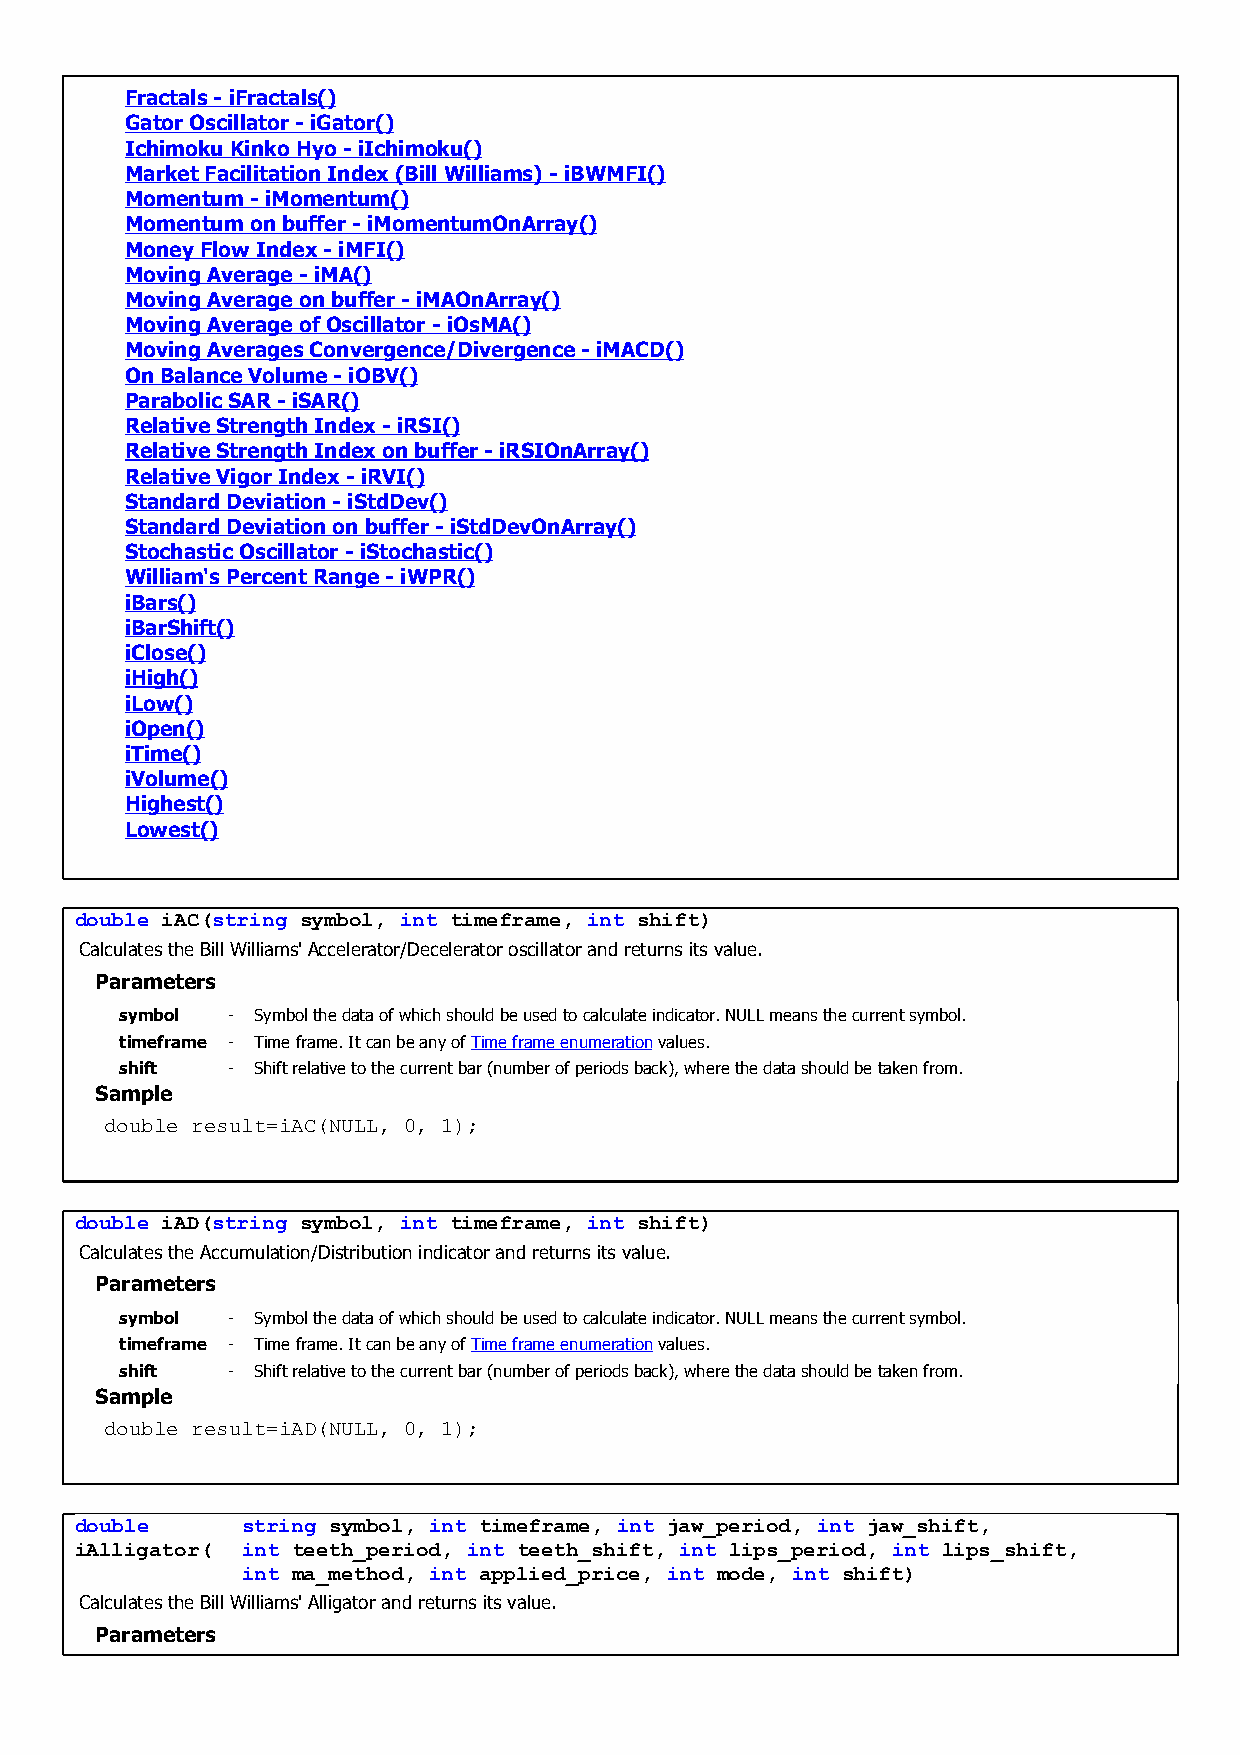
Fractals - iFractals()
 Gator Oscillator - iGator()
 Ichimoku Kinko Hyo - iIchimoku()
 Market Facilitation Index (Bill Williams) - iBWMFI()
 Momentum - iMomentum()
 Momentum on buffer - iMomentumOnArray()
 Money Flow Index - iMFI()
 Moving Average - iMA()
 Moving Average on buffer - iMAOnArray()
 Moving Average of Oscillator - iOsMA()
 Moving Averages Convergence/Divergence - iMACD()
 On Balance Volume - iOBV()
 Parabolic SAR - iSAR()
 Relative Strength Index - iRSI()
 Relative Strength Index on buffer - iRSIOnArray()
 Relative Vigor Index - iRVI()
 Standard Deviation - iStdDev()
 Standard Deviation on buffer - iStdDevOnArray()
 Stochastic Oscillator - iStochastic()
 William's Percent Range - iWPR()
 iBars()
 iBarShift()
 iClose()
 iHigh()
 iLow()
 iOpen()
 iTime()
 iVolume()
 Highest()
 Lowest()
 double iAC(string symbol, int timeframe, int shift)
 Calculates the Bill Williams' Accelerator/Decelerator oscillator and returns its value.
 Parameters
 symbol - Symbol the data of which should be used to calculate indicator. NULL means the current symbol.
 timeframe - Time frame. It can be any of Time frame enumeration values.
 shift  - Shift relative to the current bar (number of periods back), where the data should be taken from.
 Sample
 double result=iAC(NULL, 0, 1);
 double iAD(string symbol, int timeframe, int shift)
 Calculates the Accumulation/Distribution indicator and returns its value.
 Parameters
 symbol - Symbol the data of which should be used to calculate indicator. NULL means the current symbol.
 timeframe - Time frame. It can be any of Time frame enumeration values.
 shift  - Shift relative to the current bar (number of periods back), where the data should be taken from.
 Sample
 double result=iAD(NULL, 0, 1);
 double     string symbol, int timeframe, int jaw_period, int jaw_shift,
 iAlligator( int teeth_period, int teeth_shift, int lips_period, int lips_shift,
 int ma_method, int applied_price, int mode, int shift)
 Calculates the Bill Williams' Alligator and returns its value.
 Parameters